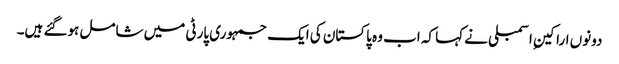
دونوں اراکینِ اسمبلی نے کہا کہ اب وہ پاکستان کی ایک جمہوری پارٹی میں شامل ہوگئے ہیں۔